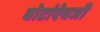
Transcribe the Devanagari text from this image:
बोटांऐवजी